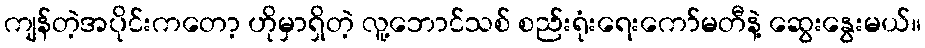
ကျန်တဲ့အပိုင်းကတော့ ဟိုမှာရှိတဲ့ လူ့ဘောင်သစ် စည်းရုံးရေးကော်မတီနဲ့ ဆွေးနွေးမယ်။